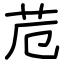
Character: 苊